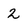
Character: 2